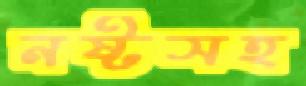
নষ্টসহ